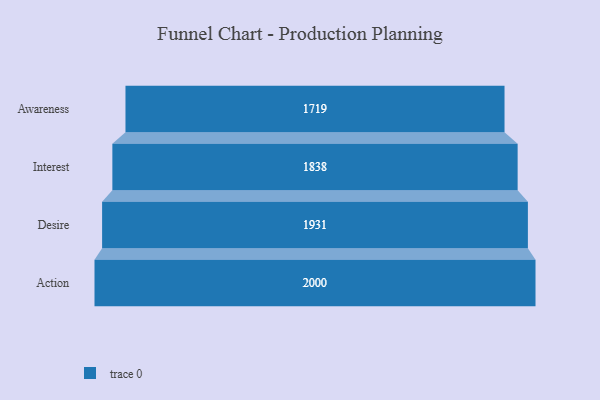
{"axis": {"x": "Stage", "y": "Value"}, "legend": [""], "data": [{"x": "Awareness", "y": 1719.0, "type": ""}, {"x": "Interest", "y": 1838.0, "type": ""}, {"x": "Desire", "y": 1931.0, "type": ""}, {"x": "Action", "y": 2000, "type": ""}]}